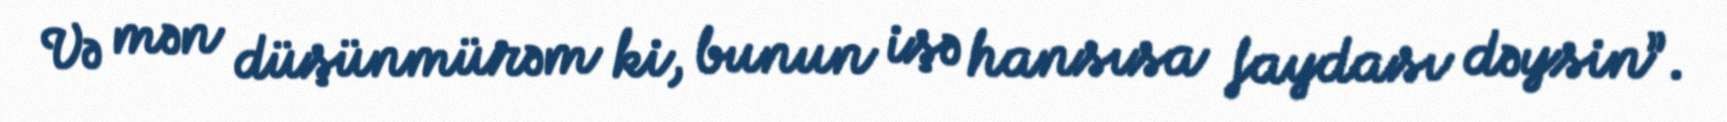
Və mən düşünmürəm ki, bunun işə hansısa faydası dəysin”.